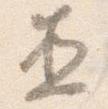
直